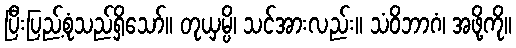
ပြီးပြည့်စုံသည်ရှိသော်။ တုယှမ္ပိ၊ သင်အားလည်း။ သံဝိဘာဂံ၊ အဖို့ကို။